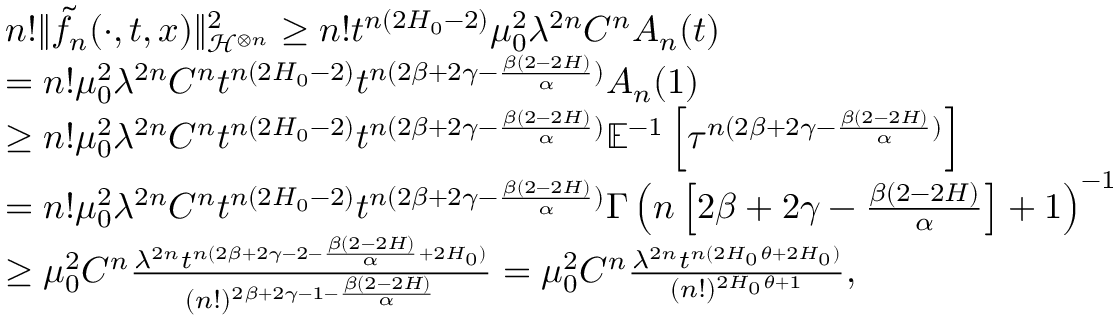
\begin{array} { r l } & { n ! \Vert \tilde { f _ { n } } ( \cdot , t , x ) \Vert _ { \mathcal { H } ^ { \otimes n } } ^ { 2 } \ge n ! t ^ { n ( 2 H _ { 0 } - 2 ) } \mu _ { 0 } ^ { 2 } \lambda ^ { 2 n } C ^ { n } A _ { n } ( t ) } \\ & { = n ! \mu _ { 0 } ^ { 2 } \lambda ^ { 2 n } C ^ { n } t ^ { n ( 2 H _ { 0 } - 2 ) } t ^ { n ( 2 \beta + 2 \gamma - \frac { \beta ( 2 - 2 H ) } { \alpha } ) } A _ { n } ( 1 ) } \\ & { \ge n ! \mu _ { 0 } ^ { 2 } \lambda ^ { 2 n } C ^ { n } t ^ { n ( 2 H _ { 0 } - 2 ) } t ^ { n ( 2 \beta + 2 \gamma - \frac { \beta ( 2 - 2 H ) } { \alpha } ) } \mathbb E ^ { - 1 } \left[ \tau ^ { n ( 2 \beta + 2 \gamma - \frac { \beta ( 2 - 2 H ) } { \alpha } ) } \right] } \\ & { = n ! \mu _ { 0 } ^ { 2 } \lambda ^ { 2 n } C ^ { n } t ^ { n ( 2 H _ { 0 } - 2 ) } t ^ { n ( 2 \beta + 2 \gamma - \frac { \beta ( 2 - 2 H ) } { \alpha } ) } \Gamma \left( n \left[ 2 \beta + 2 \gamma - \frac { \beta ( 2 - 2 H ) } { \alpha } \right] + 1 \right) ^ { - 1 } } \\ & { \ge \mu _ { 0 } ^ { 2 } C ^ { n } \frac { \lambda ^ { 2 n } t ^ { n ( 2 \beta + 2 \gamma - 2 - \frac { \beta ( 2 - 2 H ) } { \alpha } + 2 H _ { 0 } ) } } { ( n ! ) ^ { 2 \beta + 2 \gamma - 1 - \frac { \beta ( 2 - 2 H ) } { \alpha } } } = \mu _ { 0 } ^ { 2 } C ^ { n } \frac { \lambda ^ { 2 n } t ^ { n ( 2 H _ { 0 } \theta + 2 H _ { 0 } ) } } { ( n ! ) ^ { 2 H _ { 0 } \theta + 1 } } , } \end{array}